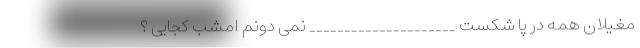
مغیلان همه در پا شکست _____________________ نمی دونم امشب کجایی ؟